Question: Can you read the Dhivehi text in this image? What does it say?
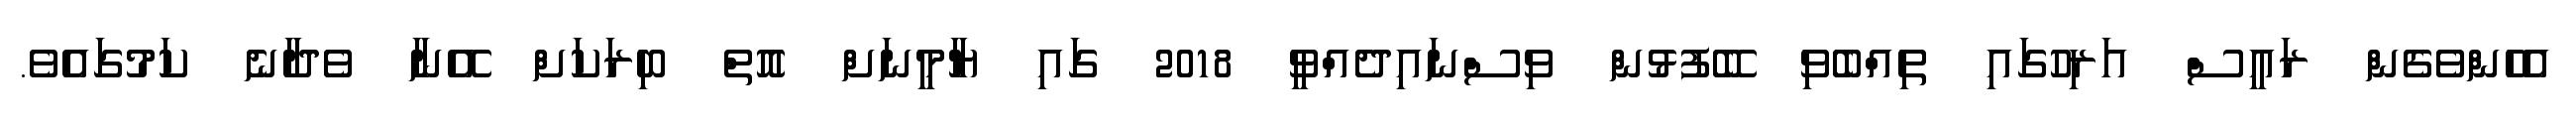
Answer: އެހެންވެގެން ރައީސް އަރިހުގައި ތިއްބެވި ބޭފުޅުން ވިސްނައިދެއްވީ 2018 ގައި ޔާމީނަށް އޮތް ބިރަކަށް އޭނާ ވެދާނެ ކަމުގައެވެ.